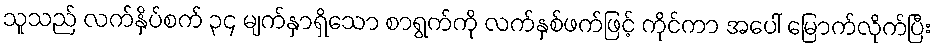
သူသည် လက်နှိပ်စက် ၃၄ မျက်နှာရှိသော စာရွက်ကို လက်နှစ်ဖက်ဖြင့် ကိုင်ကာ အပေါ် မြောက်လိုက်ပြီး